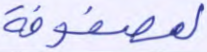
لمصفوفة